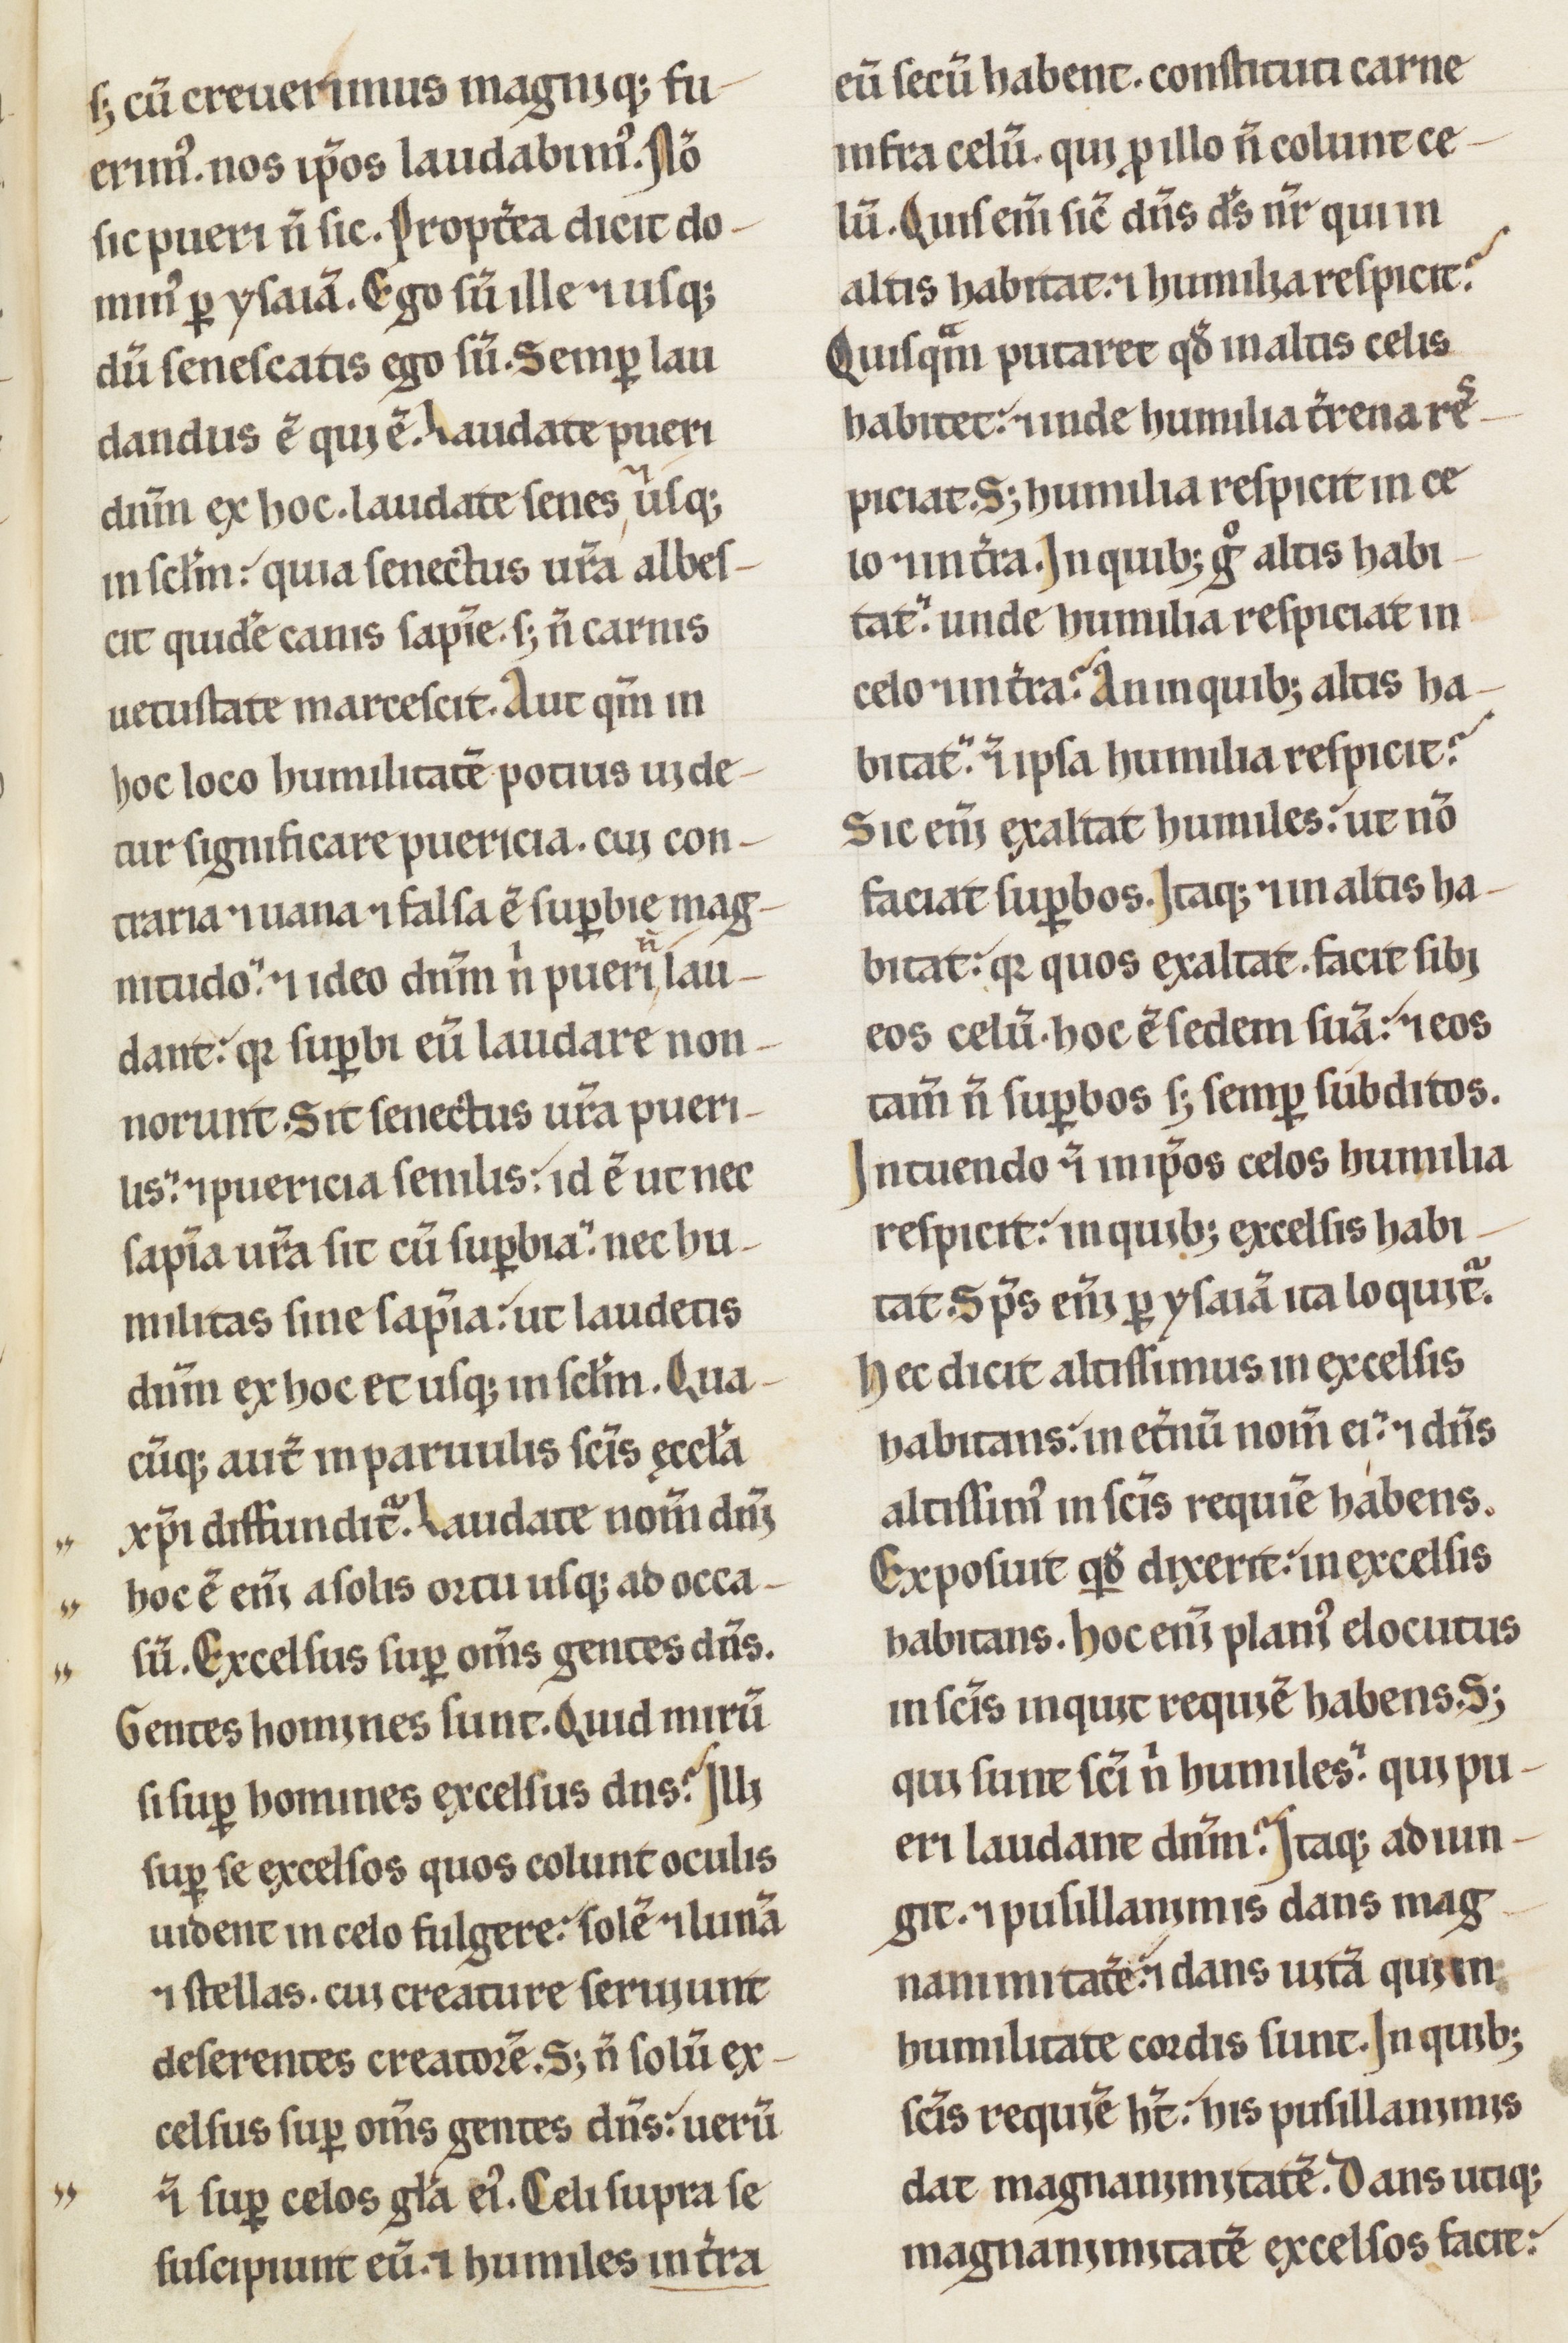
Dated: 1100–1199